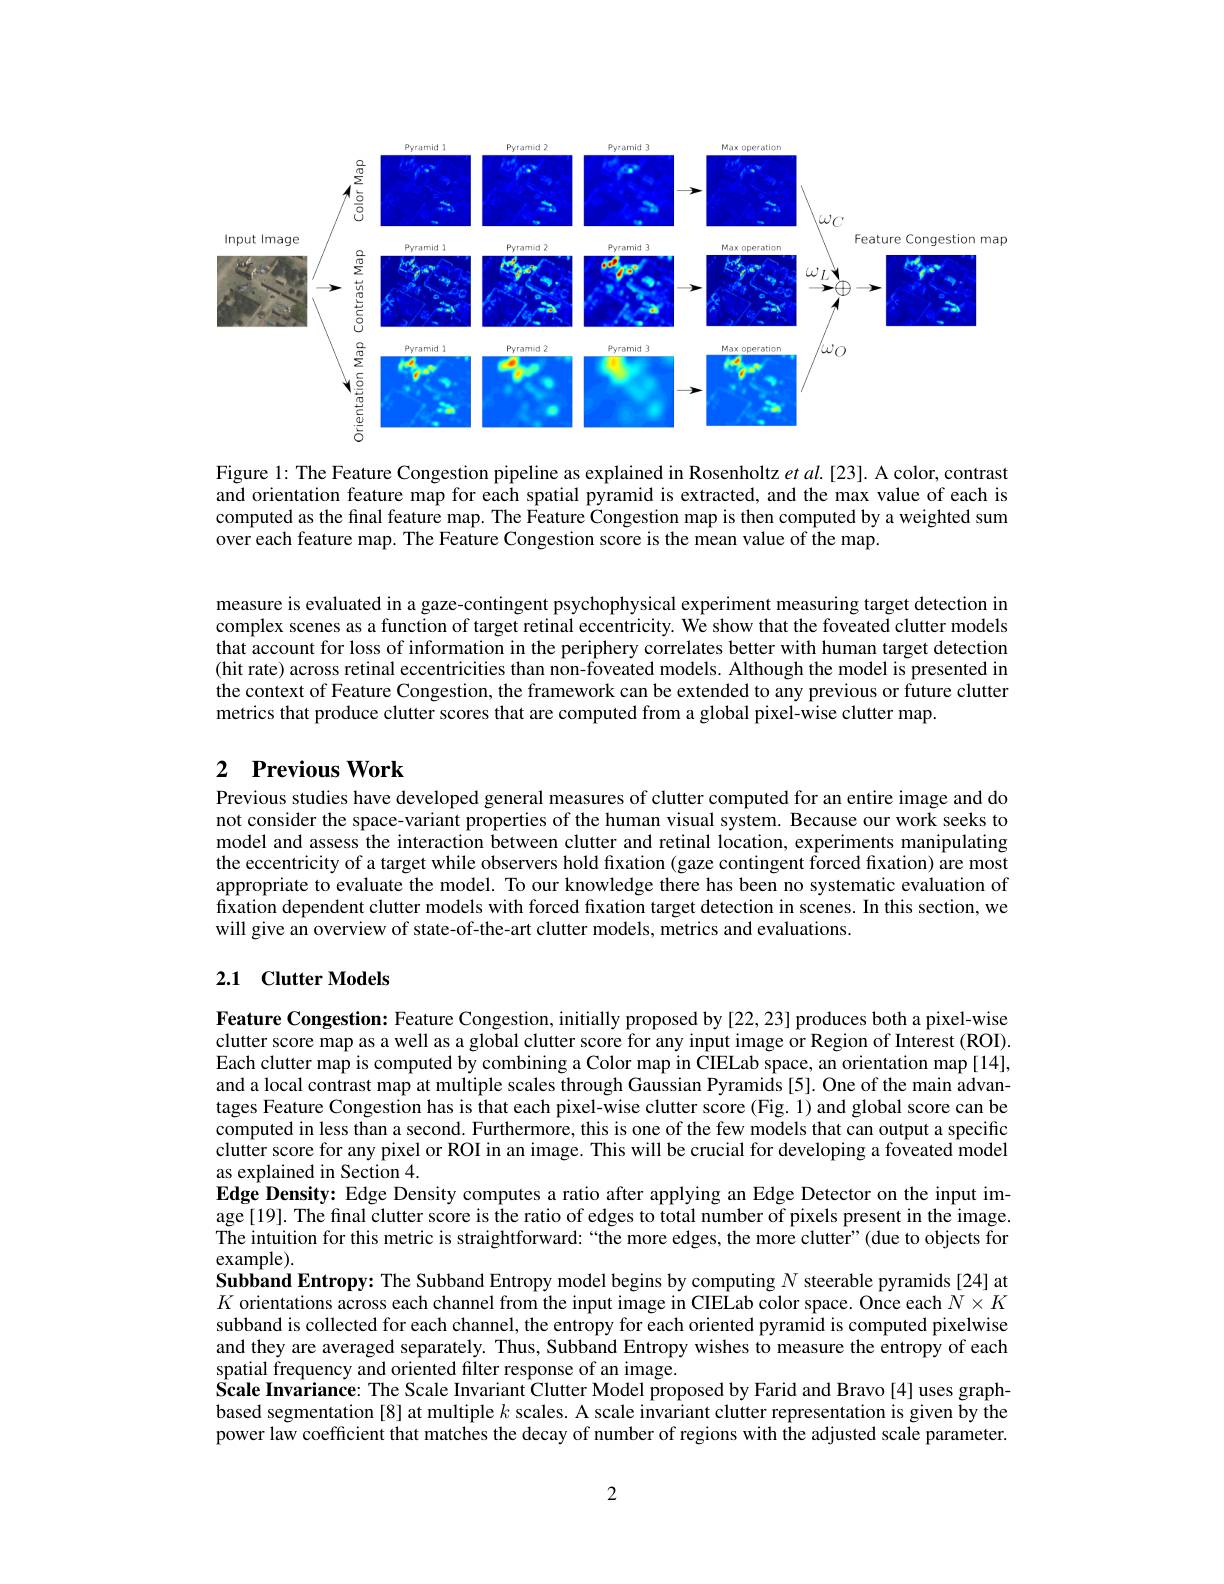
<FigureHere>

Figure 1: The Feature Congestion pipeline as explained in Rosenholtz et al.[23]. A color, contrast and orientation feature map for each spatial pyramid is extracted, and the max value of each is computed as the final feature map. The Feature Congestion map is then computed by a weighted sum over each feature map. The Feature Congestion score is the mean value of the map.

measure is evaluated in a gaze-contingent psychophysical experiment measuring target detection in complex scenes as a function of target retinal eccentricity. We show that the foveated clutter models that account for loss of information in the periphery correlates better with human target detection (hit rate) across retinal eccentricities than non-foveated models. Although the model is presented in the context of Feature Congestion, the framework can be extended to any previous or future clutter metrics that produce clutter scores that are computed from a global pixel-wise clutter map.

### 2 $\textbf{Previous Work}$

Previous studies have developed general measures of clutter computed for an entire image and do not consider the space-variant properties of the human visual system. Because our work seeks to model and assess the interaction between clutter and retinal location, experiments manipulating the eccentricity of a target while observers hold fixation (gaze contingent forced fixation) are most appropriate to evaluate the model. To our knowledge there has been no systematic evaluation of fixation dependent clutter models with forced fixation target detection in scenes. In this section, we will give an overview of state-of-the-art clutter models, metrics and evaluations.

## 2.1 Clutter Models

Feature Congestion: Feature Congestion, initially proposed by [22,23] produces both a pixel-wise clutter score map as a well as a global clutter score for any input image or Region of Interest (ROI). Each clutter map is computed by combining a Color map in CIELab space, an orientation map [14], and a local contrast map at multiple scales through Gaussian Pyramids[5]. One of the main advantages Feature Congestion has is that each pixel-wise clutter score (Fig. 1) and global score can be computed in less than a second. Furthermore, this is one of the few models that can output a specific clutter score for any pixel or ROI in an image. This will be crucial for developing a foveated model as explained in Section 4.
Edge Density: Edge Density computes a ratio after applying an Edge Detector on the input image[19]. The final clutter score is the ratio of edges to total number of pixels present in the image. The intuition for this metric is straightforward:“the more edges, the more clutter”(due to objects for example).
Subband Entropy: The Subband Entropy model begins by computing $N$ steerable pyramids[24] at $K$ orientations across each channel from the input image in CIELab color space. Once each $N\times K$ subband is collected for each channel, the entropy for each oriented pyramid is computed pixelwise and they are averaged separately. Thus, Subband Entropy wishes to measure the entropy of each spatial frequency and oriented filter response of an image.
Scale Invariance: The Scale Invariant Clutter Model proposed by Farid and Bravo [4] uses graphbased segmentation [8] at multiple $k$ scales. A scale invariant clutter representation is given by the power law coefficient that matches the decay of number of regions with the adjusted scale parameter.

2